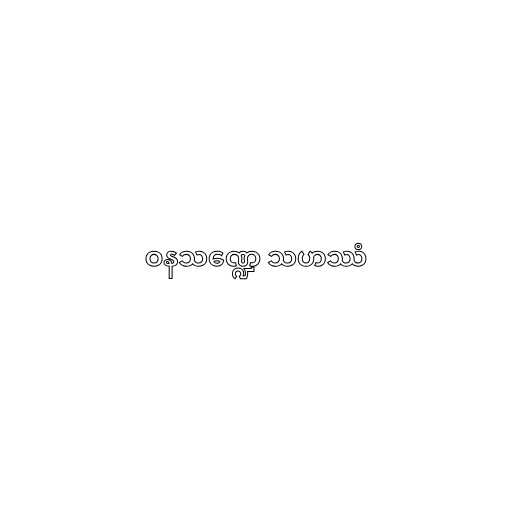
ဝနသဏ္ဍေ သဟဿံ